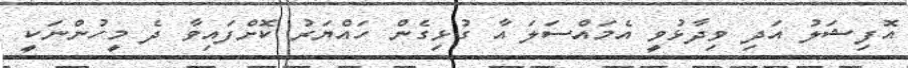
އޮފިޝަލު އަދި ވިދާޅުވީ އެމައްސަލަ އާ ގުޅިގެން ހައްޔަރު ކޮށްފައިވާ ދެ މީހުންނަކީ